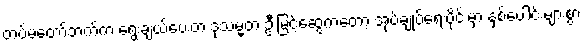
တပ်မတော်ဘက်က ရွေးချယ်ပေးတဲ့ ဒုသမ္မတ ဦးမြင့်ဆွေကတော့ အုပ်ချုပ်ရေးပိုင်းမှာ နှစ်ပေါင်းများစွာ